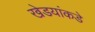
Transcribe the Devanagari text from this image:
खेडयांकडे